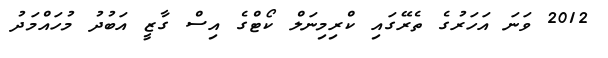
2012 ވަނަ އަހަރުގެ ތެރޭގައި ކްރިމިނަލް ކޯޓްގެ އިސް ގާޒީ އަބުދު މުހައްމަދު